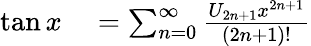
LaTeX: \begin{array}{rl}{\tan x}&{{}{}=\sum_{n=0}^{\infty}{\frac{U_{2n+1}x^{2n+1}}{(2n+1)!}}}\end{array}